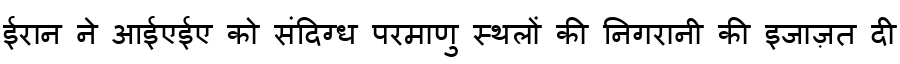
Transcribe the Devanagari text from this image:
ईरान ने आईएईए को संदिग्ध परमाणु स्थलों की निगरानी की इजाज़त दी